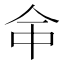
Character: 𠇭